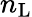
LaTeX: n_{\mathrm{L}}